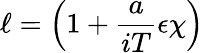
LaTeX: \ell=\left(1+\frac{a}{iT}\epsilon\chi\right)